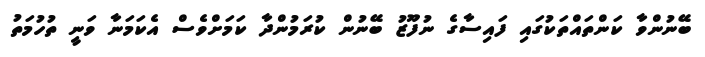
ބޭނުންވާ ކަންތައްތަކުގައި ފައިސާގެ ނުފޫޒު ބޭނުން ކުރަމުންދާ ކަމަށްވެސް އެކަމަނާ ވަނީ ތުހުމަތު